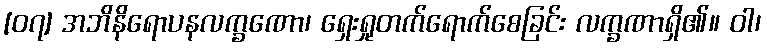
[၀၇] အဘိနိရောပနလက္ခဏော၊ ရှေးရှုတက်ရောက်စေခြင်း လက္ခဏာရှိ၏။ ဝါ၊